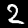
Digit: 2